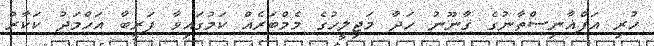
ހުރި އަފްޣާނިސްތާނުގެ ޤާނޫނު ހަދާ މަޖިލީހުގެ މެމްބަރެއް ކަމުގައިވާ ފަރީބާ އަހްމަދު ކަކާރު